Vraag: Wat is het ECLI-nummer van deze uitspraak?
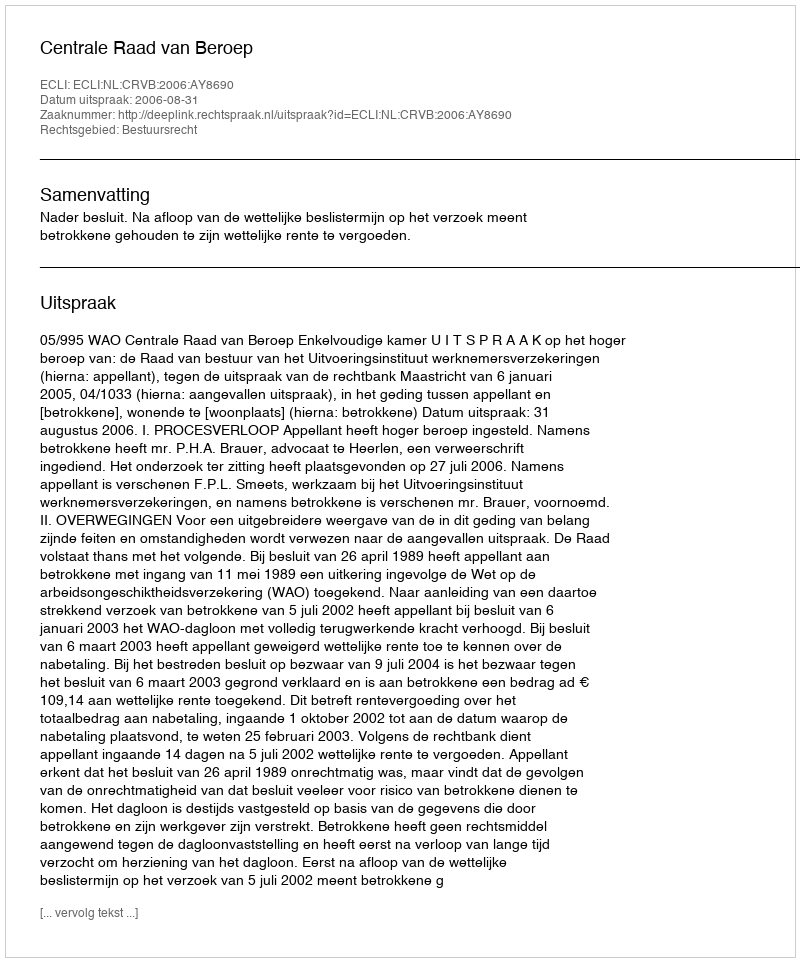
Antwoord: ECLI:NL:CRVB:2006:AY8690